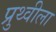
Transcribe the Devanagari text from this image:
प्रुथ्वीला